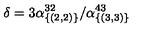
\delta = 3 \alpha _ { \{ ( 2 , 2 ) \} } ^ { 3 2 } / \alpha _ { \{ ( 3 , 3 ) \} } ^ { 4 3 }